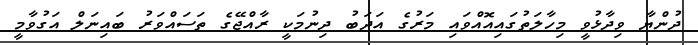
ދުންޔާ ވިދާޅުވީ މިހާލަތުގައިއޮއްވައި މަރުގެ އަދަބު ދިނުމަކީ ރާއްޖޭގެ ތަސައްވަރު ބައިނަލް އަގުވާމީ